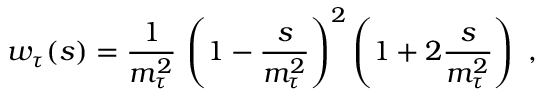
w _ { \tau } ( s ) = { \frac { 1 } { m _ { \tau } ^ { 2 } } } \, \left( 1 - { \frac { s } { m _ { \tau } ^ { 2 } } } \right) ^ { 2 } \left( 1 + 2 { \frac { s } { m _ { \tau } ^ { 2 } } } \right) \ ,